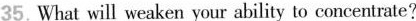
35.What will weaken your ability to concentrate?